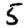
Digit: 5